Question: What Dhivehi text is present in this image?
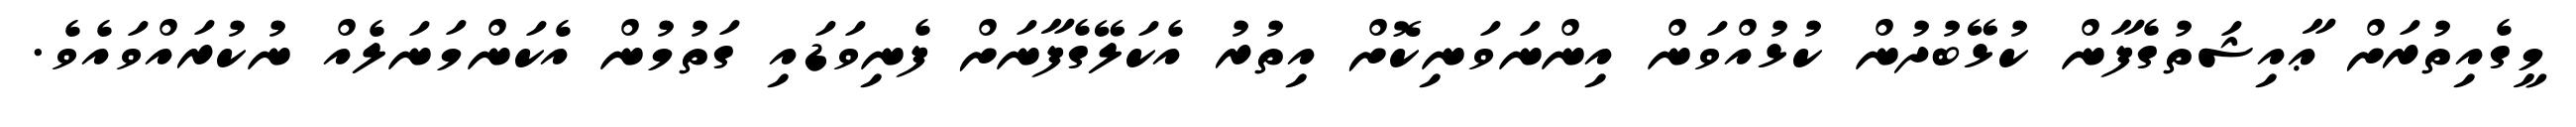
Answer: މީގެއިތުރަށް ޢާއިޝަތުގެފާން ކުޅޭބުދުން ކުޅުއްވަން އިންނަވަނިކޮށް އިތުރު އެކަލޭގެފާނަށް ފެނިވަޑައި ގަތުމުން އެކަންމަނަލެއް ނުކުރައްވައެވެ.